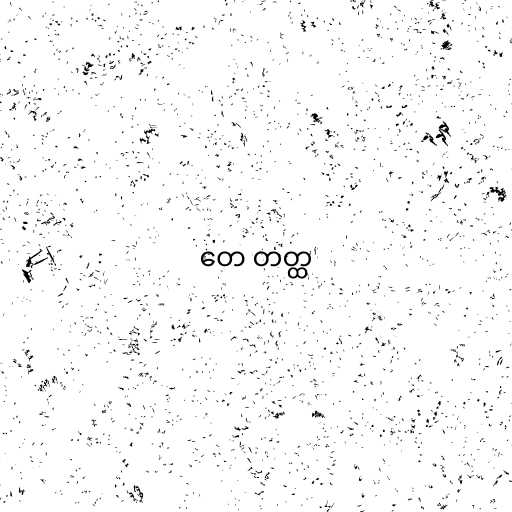
တေ တတ္ထ